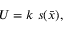
U = k \ s ( \bar { x } ) ,